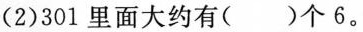
(2)301里面大约有()个6。